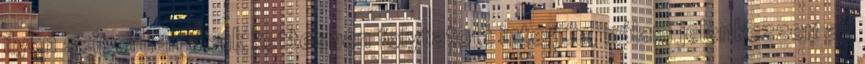
ilyen szigorúan csak kettesben folytatott interjún, nálam jelenkezzen az